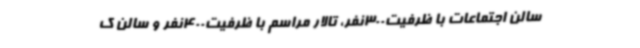
سالن اجتماعات با ظرفیت300نفر، تالار مراسم با ظرفیت400نفر و سالن ک